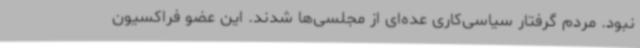
نبود. مردم گرفتار سیاسی‌کاری عده‌ای از مجلسی‌ها شدند. این عضو فراکسیون